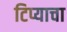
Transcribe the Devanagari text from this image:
टिप्याचा